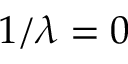
1 / \lambda = 0